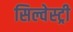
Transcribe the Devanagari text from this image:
सिल्वेस्ट्री